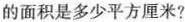
的面积是多少平方厘米?